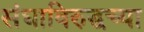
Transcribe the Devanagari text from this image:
संघाविरुद्धच्या